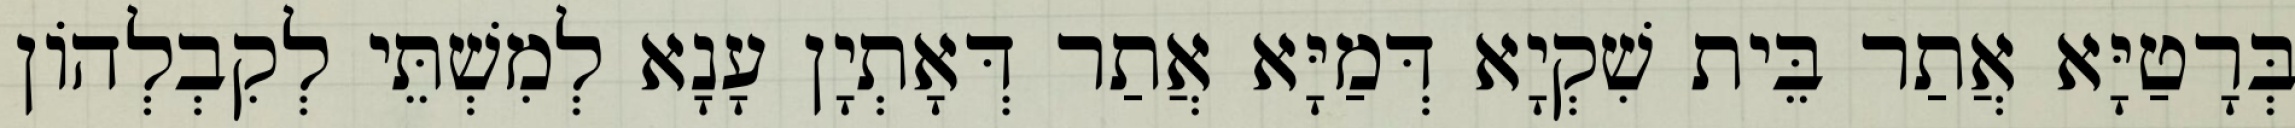
בְּרָטַיָּא אֲתַר בֵּית שִׁקְיָא דְּמַיָּא אֲתַר דְּאָתְיָן עָנָא לְמִשְׁתֵּי לְקִבְלְהוֹן